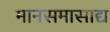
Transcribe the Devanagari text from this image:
मानसमासाद्य